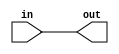
module top_module (
    input in,
    output out);
    buf(out,in);
endmodule